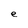
Character: e